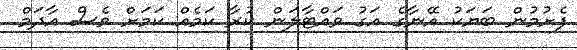
ފެށުމުން ބަޔަކު އޭނާގެ އަގު ވައްޓާލަން ކުރާ ކަމެއް ކަމަށް ވެސް އާދަމް